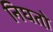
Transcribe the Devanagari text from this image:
निघतो़